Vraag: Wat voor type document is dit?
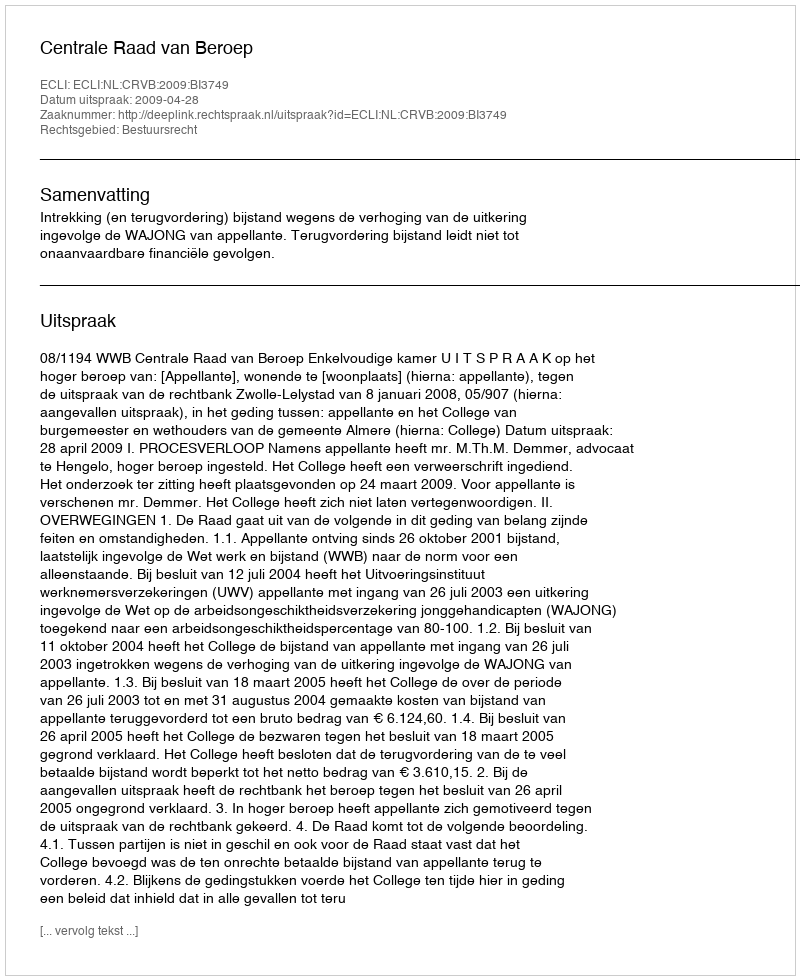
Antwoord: Uitspraak